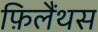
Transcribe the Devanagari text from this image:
फ़िलैंथस